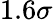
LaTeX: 1.6\sigma